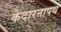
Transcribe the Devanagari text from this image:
केदारनापथ